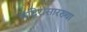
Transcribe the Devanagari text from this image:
मंदिरांसारख्या